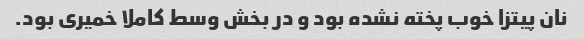
نان پیتزا خوب پخته نشده بود و در بخش وسط کاملا خمیری بود.